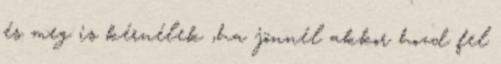
és meg is kérnélek ,ha jönnél akkor hozd fel